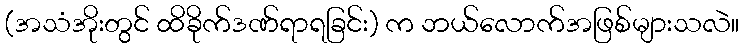
(အသံအိုးတွင် ထိခိုက်ဒဏ်ရာရခြင်း) က ဘယ်လောက်အဖြစ်များသလဲ။